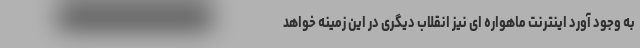
به وجود آورد اینترنت ماهواره ای نیز انقلاب دیگری در این زمینه خواهد